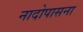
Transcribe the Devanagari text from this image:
नादोपासना